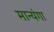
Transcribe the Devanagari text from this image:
मान्यंगा